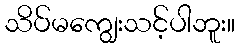
သိပ်မကျွေးသင့်ပါဘူး။